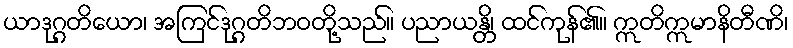
ယာဒုဂ္ဂတိယော၊ အကြင်ဒုဂ္ဂတိဘဝတို့သည်။ ပညာယန္တိ၊ ထင်ကုန်၏။ ဣတိဣမာနိတီဏိ၊